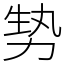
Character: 㔟